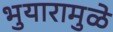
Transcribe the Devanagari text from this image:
भुयारामुळे